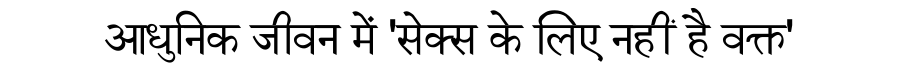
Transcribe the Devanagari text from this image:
आधुनिक जीवन में 'सेक्स के लिए नहीं है वक्त'